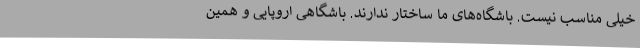
خیلی مناسب نیست. باشگاه‌های ما ساختار ندارند. باشگاهی اروپایی و همین